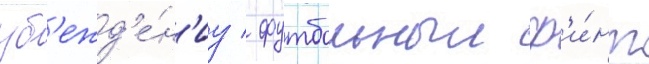
уб'ежд'е́н'иу / футбольныи ф'и́нт